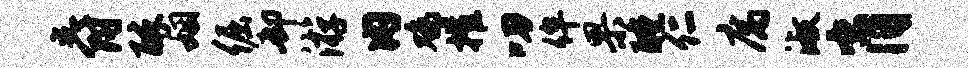
爵醉姻倔却游内鸡摧叨侔果醺仁腐淑肖